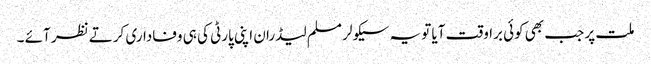
ملت پر جب بھی کوئی براوقت آیا تو یہ سیکولر مسلم لیڈران اپنی پارٹی کی ہی وفاداری کرتے نظر آئے ۔